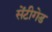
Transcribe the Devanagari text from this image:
सेंटीगेड